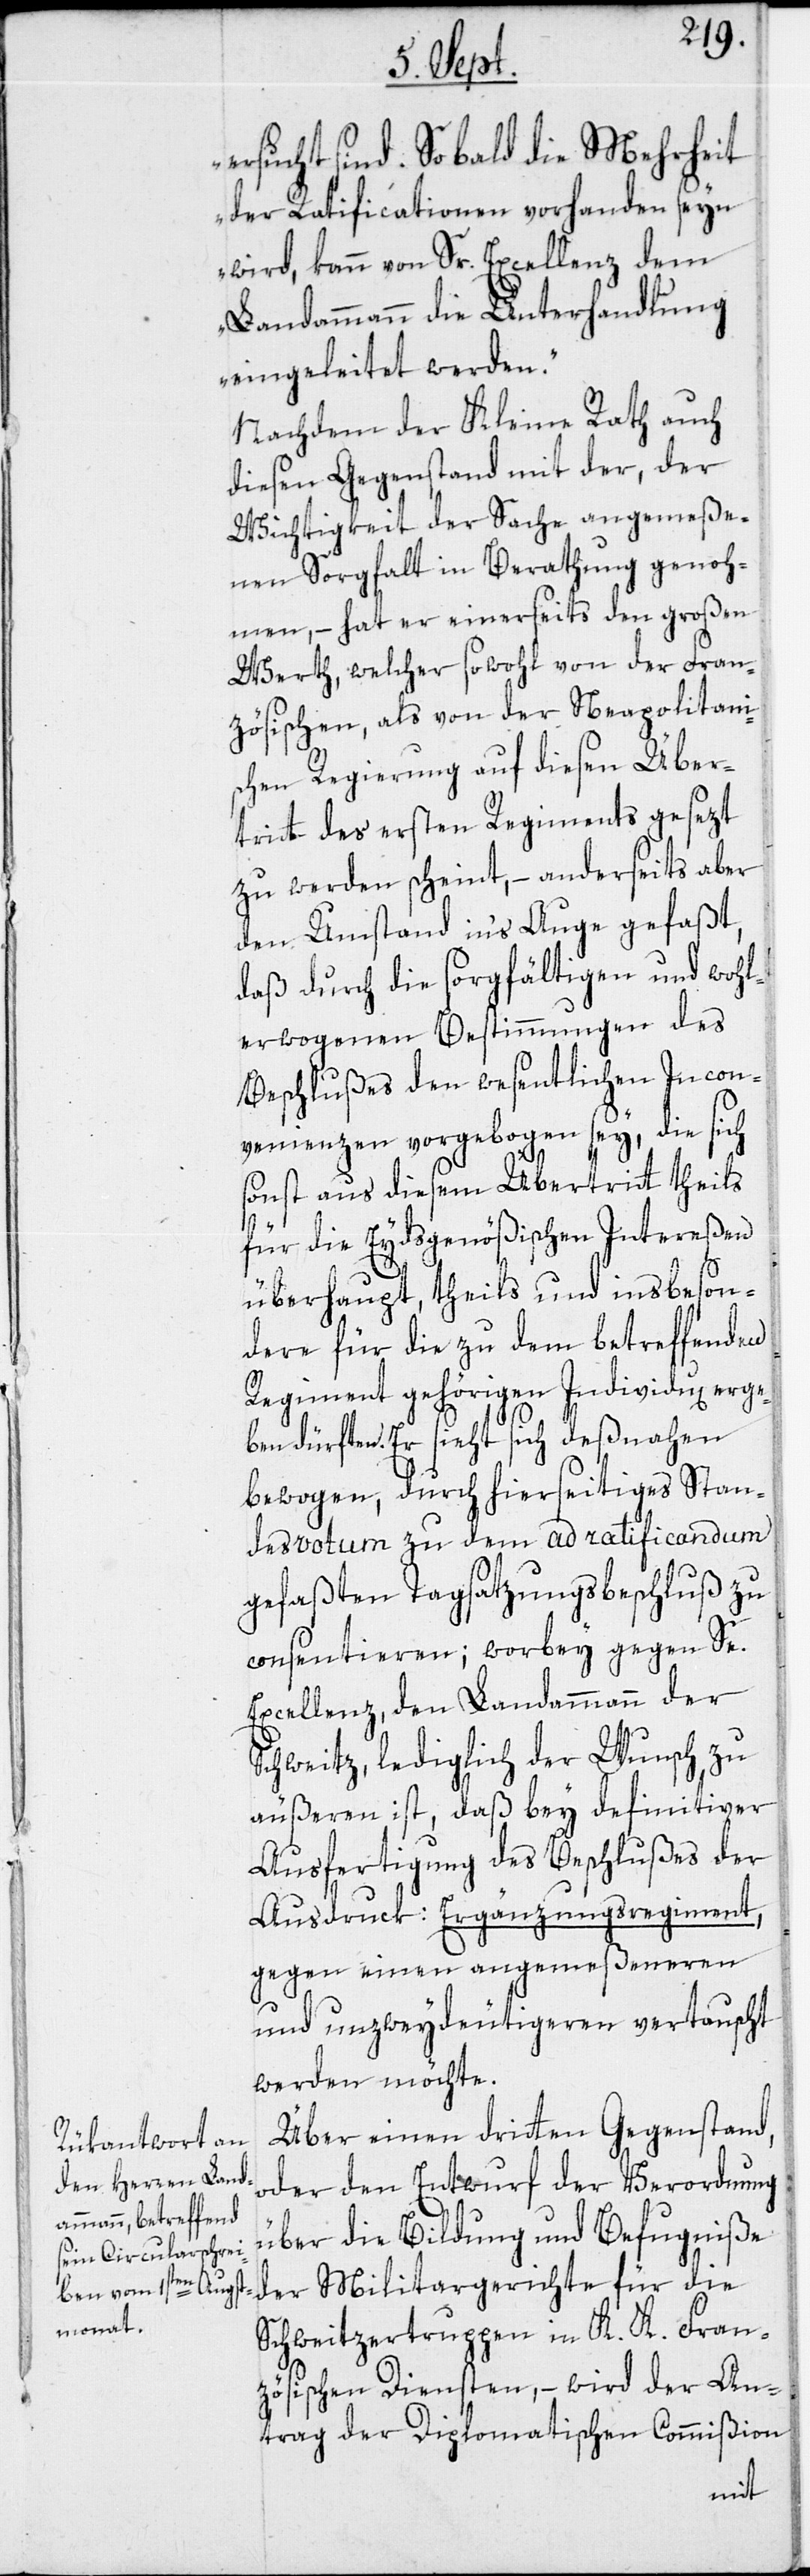
ersucht sind. Sobald die Mehrheit
der Ratificationen vorhanden seyn
wird, kann von Sr. Excellenz dem
Landammann die Unterhandlung
eingeleitet werden.“
Nachdem der Kleine Rath auch
diesen Gegenstand mit der, der
Wichtigkeit der Sache angemeße¬
nen Sorgfalt in Berathung genoh¬
men, – hat er einerseits den großen
Werth, welcher sowohl von der Fran¬
zösischen, als von der Neapolitanis¬
chen Regierung auf diesen Über¬
tritt des ersten Regiments gesezt
zu werden scheint, – anderseits aber
den Umstand in‘s Auge gefaßt,
daß durch die sorgfältigen und wohl¬
erwogenen Bestimmungen des
Beschlußes den wesentlichen Incon¬
venienzen vorgebogen sey, die sich
sonst aus diesem Übertritt theils
für die Eydsgenößischen Intereßen
überhaupt, theils und insbeson¬
dere für die zu dem betreffenden
Regiment gehörigen Individu[en] erge¬
ben dürften. Er sieht sich deßnahen
bewogen, durch hierseitiges Stan¬
desvotum zu dem ad ratificandum
gefaßten Tagsatzungsbeschluß zu
consentieren; worbey gegen Se.
Excellenz, den Landammann der
Schweitz, lediglich der Wunsch zu
äußeren ist, daß bey definitiver
Ausfertigung des Beschlußes der
Ausdruck: Ergänzungsregiment,
gegen einen angemeßeneren
und unzweydeutigeren vertauscht
werden möchte.
Über einen dritten Gegenstand,
oder den Entwurf der Verordnung
über die Bildung und Befugniße
Schweitzertruppen in K. K. Fran¬
zösischen Diensten, – wird der An¬
trag der Diplomatischen Commißion